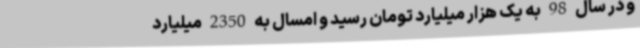
و در سال 98 به یک هزار میلیارد تومان رسید و امسال به 2350 میلیارد